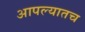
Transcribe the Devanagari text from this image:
आपल्यातच